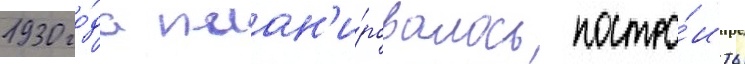
1930 го́да план'и́ровалось постро́ить